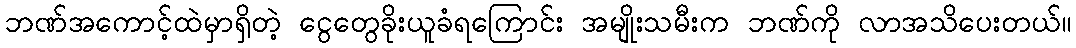
ဘဏ်အကောင့်ထဲမှာရှိတဲ့ ငွေတွေခိုးယူခံရကြောင်း အမျိုးသမီးက ဘဏ်ကို လာအသိပေးတယ်။